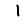
Digit: 1